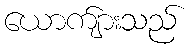
ယောက်ျားသည်